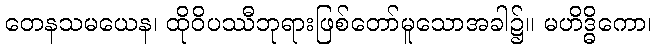
တေနသမယေန၊ ထိုဝိပဿီဘုရားဖြစ်တော်မူသောအခါ၌။ မဟိဒ္ဓိကော၊